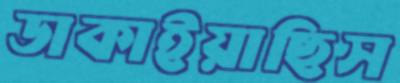
ডাকাইয়াছিস